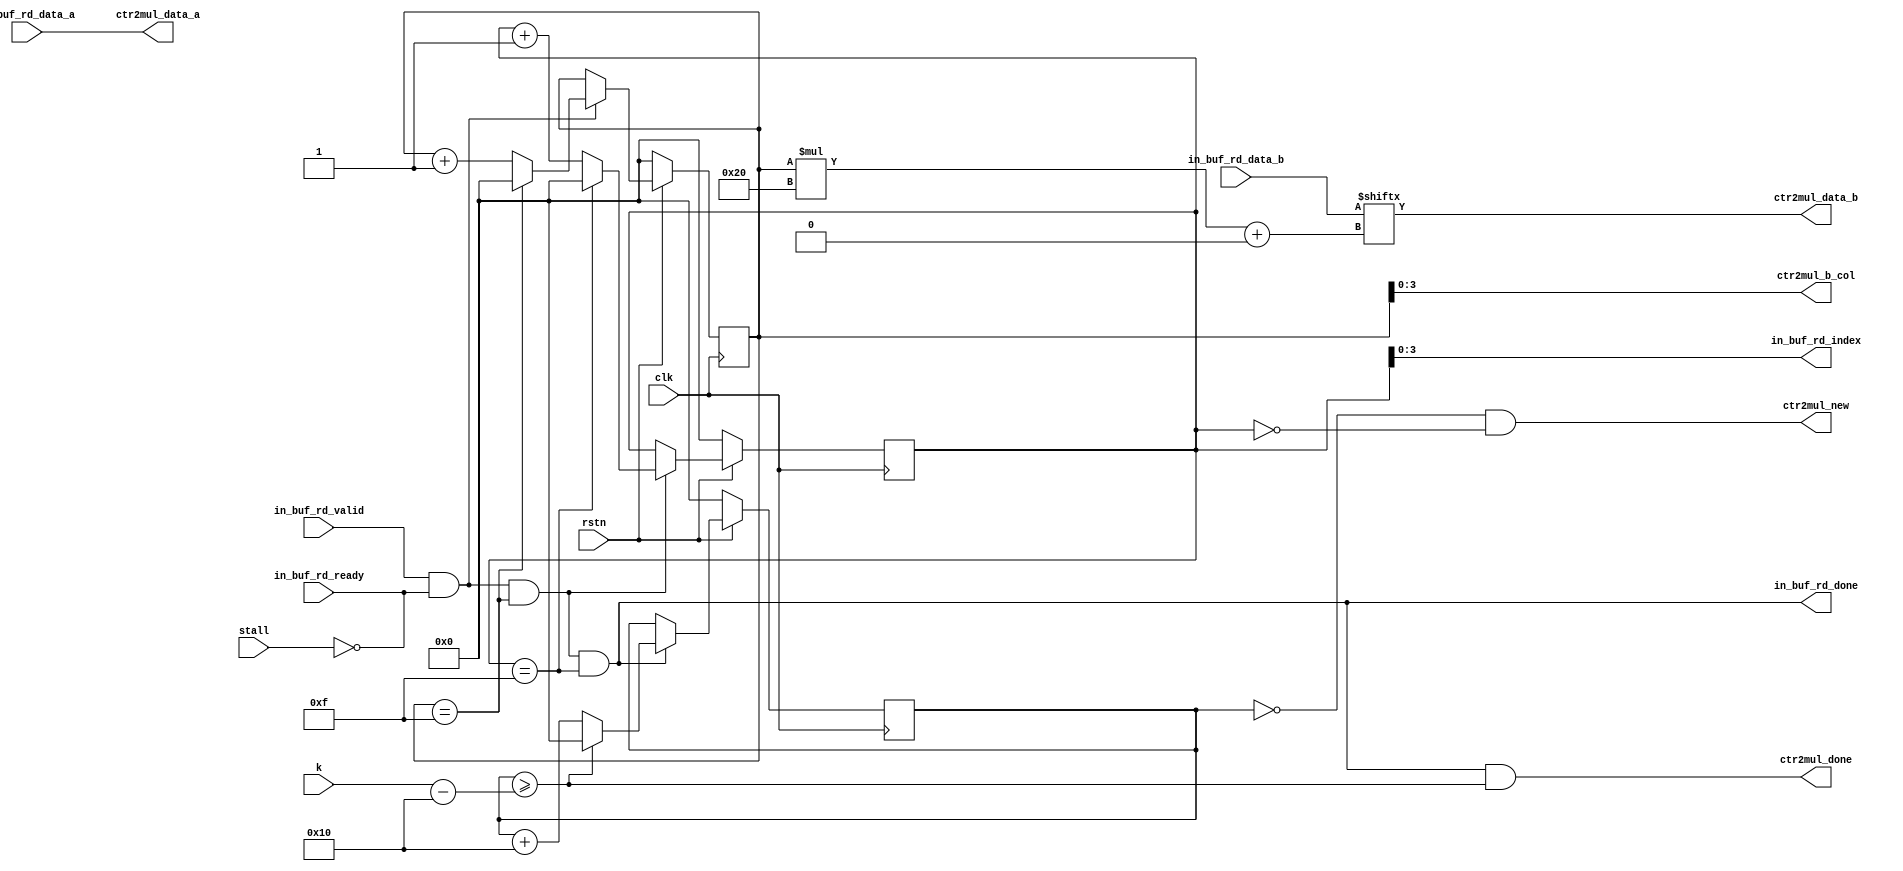
module MAC_Control #(
    parameter SIZE = 16
)(
    input clk,
    input rstn,
    input stall,

    input [31:0] k,
    
    output [$clog2(SIZE)-1:0] in_buf_rd_index,
    input in_buf_rd_valid,
    input in_buf_rd_ready,
    output in_buf_rd_done,
    input [SIZE*32-1:0] in_buf_rd_data_a,
    input [SIZE*32-1:0] in_buf_rd_data_b,
    output [SIZE*32-1:0] ctr2mul_data_a,
    output [31:0] ctr2mul_data_b,
    output [$clog2(SIZE)-1:0] ctr2mul_b_col,
    output ctr2mul_new,
    output ctr2mul_done
);

    reg [31:0] b_col_cnt;
    wire b_col_cnt_update_now, b_col_cnt_is_max_now;

    reg [31:0] index_cnt;
    wire index_cnt_updata_now, index_cnt_is_max_now;

    reg [31:0] k_cnt;
    wire k_cnt_update_now, k_cnt_is_max_now;

    assign in_buf_rd_ready = ~stall;

    assign b_col_cnt_update_now = in_buf_rd_valid & in_buf_rd_ready;
    assign b_col_cnt_is_max_now = b_col_cnt == SIZE - 1;
    always @(posedge clk) begin
        if (~rstn) begin
            b_col_cnt <= 0;
        end
        else begin
            if (b_col_cnt_update_now) begin
                b_col_cnt <= b_col_cnt_is_max_now ? 0 : b_col_cnt + 1;
            end
        end
    end


    assign index_cnt_updata_now = b_col_cnt_update_now & b_col_cnt_is_max_now;
    assign index_cnt_is_max_now = index_cnt == SIZE - 1;
    always @(posedge clk) begin
        if (~rstn) begin
            index_cnt <= 0;
        end
        else begin
            if (index_cnt_updata_now) begin
                index_cnt <= index_cnt_is_max_now ? 0 : index_cnt + 1;
            end
        end
    end


    assign k_cnt_update_now = index_cnt_updata_now & index_cnt_is_max_now;
    assign k_cnt_is_max_now = k_cnt >= k - SIZE;
    always @(posedge clk) begin
        if (~rstn) begin
            k_cnt <= 0;
        end
        else begin
            if (k_cnt_update_now) begin
                k_cnt <= k_cnt_is_max_now ? 0 : k_cnt + SIZE;
            end
        end
    end



    assign in_buf_rd_index = index_cnt;
    assign in_buf_rd_done = index_cnt_updata_now & index_cnt_is_max_now;
    assign ctr2mul_data_a = in_buf_rd_data_a;
    assign ctr2mul_data_b = in_buf_rd_data_b[b_col_cnt*32+:32];
    assign ctr2mul_b_col = b_col_cnt;

    assign ctr2mul_new = k_cnt == 0 & index_cnt == 0;
    assign ctr2mul_done = k_cnt_update_now & k_cnt_is_max_now;


endmodule